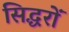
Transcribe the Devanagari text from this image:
सिद्धरों